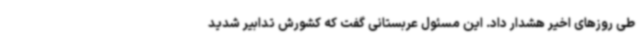
طی روزهای اخیر هشدار داد. این مسئول عربستانی گفت که کشورش تدابیر شدید